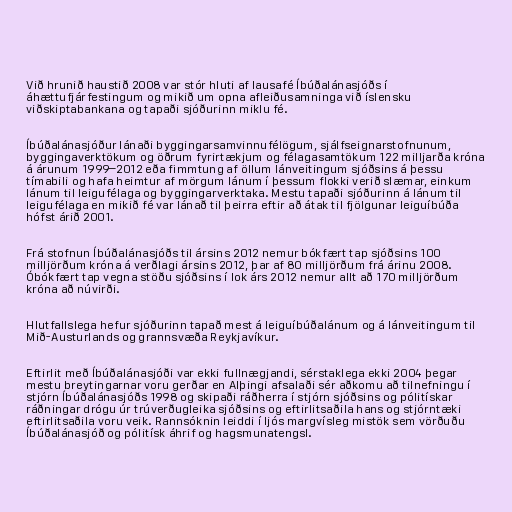
Við hrunið haustið 2008 var stór hluti af lausafé Íbúðalánasjóðs í
áhættufjárfestingum og mikið um opna afleiðusamninga við íslensku
viðskiptabankana og tapaði sjóðurinn miklu fé.

Íbúðalánasjóður lánaði byggingarsamvinnufélögum, sjálfseignarstofnunum,
byggingaverktökum og öðrum fyrirtækjum og félagasamtökum 122 milljarða króna
á árunum 1999‒2012 eða fimmtung af öllum lánveitingum sjóðsins á þessu
tímabili og hafa heimtur af mörgum lánum í þessum flokki verið slæmar, einkum
lánum til leigufélaga og byggingarverktaka. Mestu tapaði sjóðurinn á lánum til
leigufélaga en mikið fé var lánað til þeirra eftir að átak til fjölgunar leiguíbúða
hófst árið 2001.

Frá stofnun Íbúðalánasjóðs til ársins 2012 nemur bókfært tap sjóðsins 100
milljörðum króna á verðlagi ársins 2012, þar af 80 milljörðum frá árinu 2008.
Óbókfært tap vegna stöðu sjóðsins í lok árs 2012 nemur allt að 170 milljörðum
króna að núvirði.

Hlutfallslega hefur sjóðurinn tapað mest á leiguíbúðalánum og á lánveitingum til
Mið-Austurlands og grannsvæða Reykjavíkur.

Eftirlit með Íbúðalánasjóði var ekki fullnægjandi, sérstaklega ekki 2004 þegar
mestu breytingarnar voru gerðar en Alþingi afsalaði sér aðkomu að tilnefningu í
stjórn Íbúðalánasjóðs 1998 og skipaði ráðherra í stjórn sjóðsins og pólitískar
ráðningar drógu úr trúverðugleika sjóðsins og eftirlitsaðila hans og stjórntæki
eftirlitsaðila voru veik. Rannsóknin leiddi í ljós margvísleg mistök sem vörðuðu
Íbúðalánasjóð og pólitísk áhrif og hagsmunatengsl.